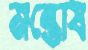
মন্তোষ